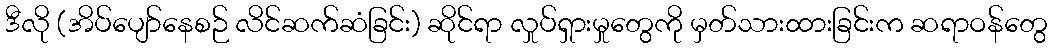
ဒီလို (အိပ်ပျော်နေစဉ် လိင်ဆက်ဆံခြင်း) ဆိုင်ရာ လှုပ်ရှားမှုတွေကို မှတ်သားထားခြင်းက ဆရာဝန်တွေ